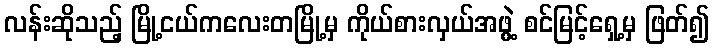
လန်းဆိုသည့် မြို့ငယ်ကလေးတမြို့မှ ကိုယ်စားလှယ်အဖွဲ့ စင်မြင့်ရှေ့မှ ဖြတ်၍